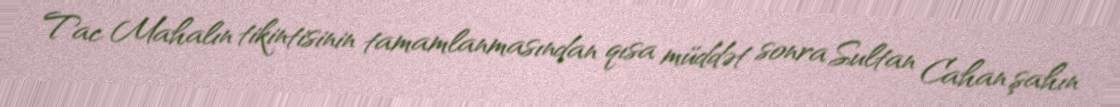
Tac Mahalın tikintisinin tamamlanmasından qısa müddət sonra Sultan Cahan şahın